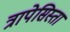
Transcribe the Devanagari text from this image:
त्रापेसिस्ता